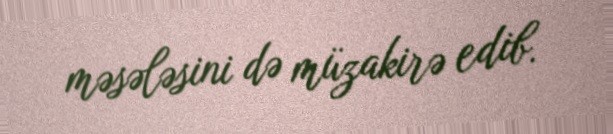
məsələsini də müzakirə edib.